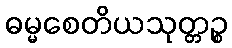
ဓမ္မစေတိယသုတ္တဉ္စ